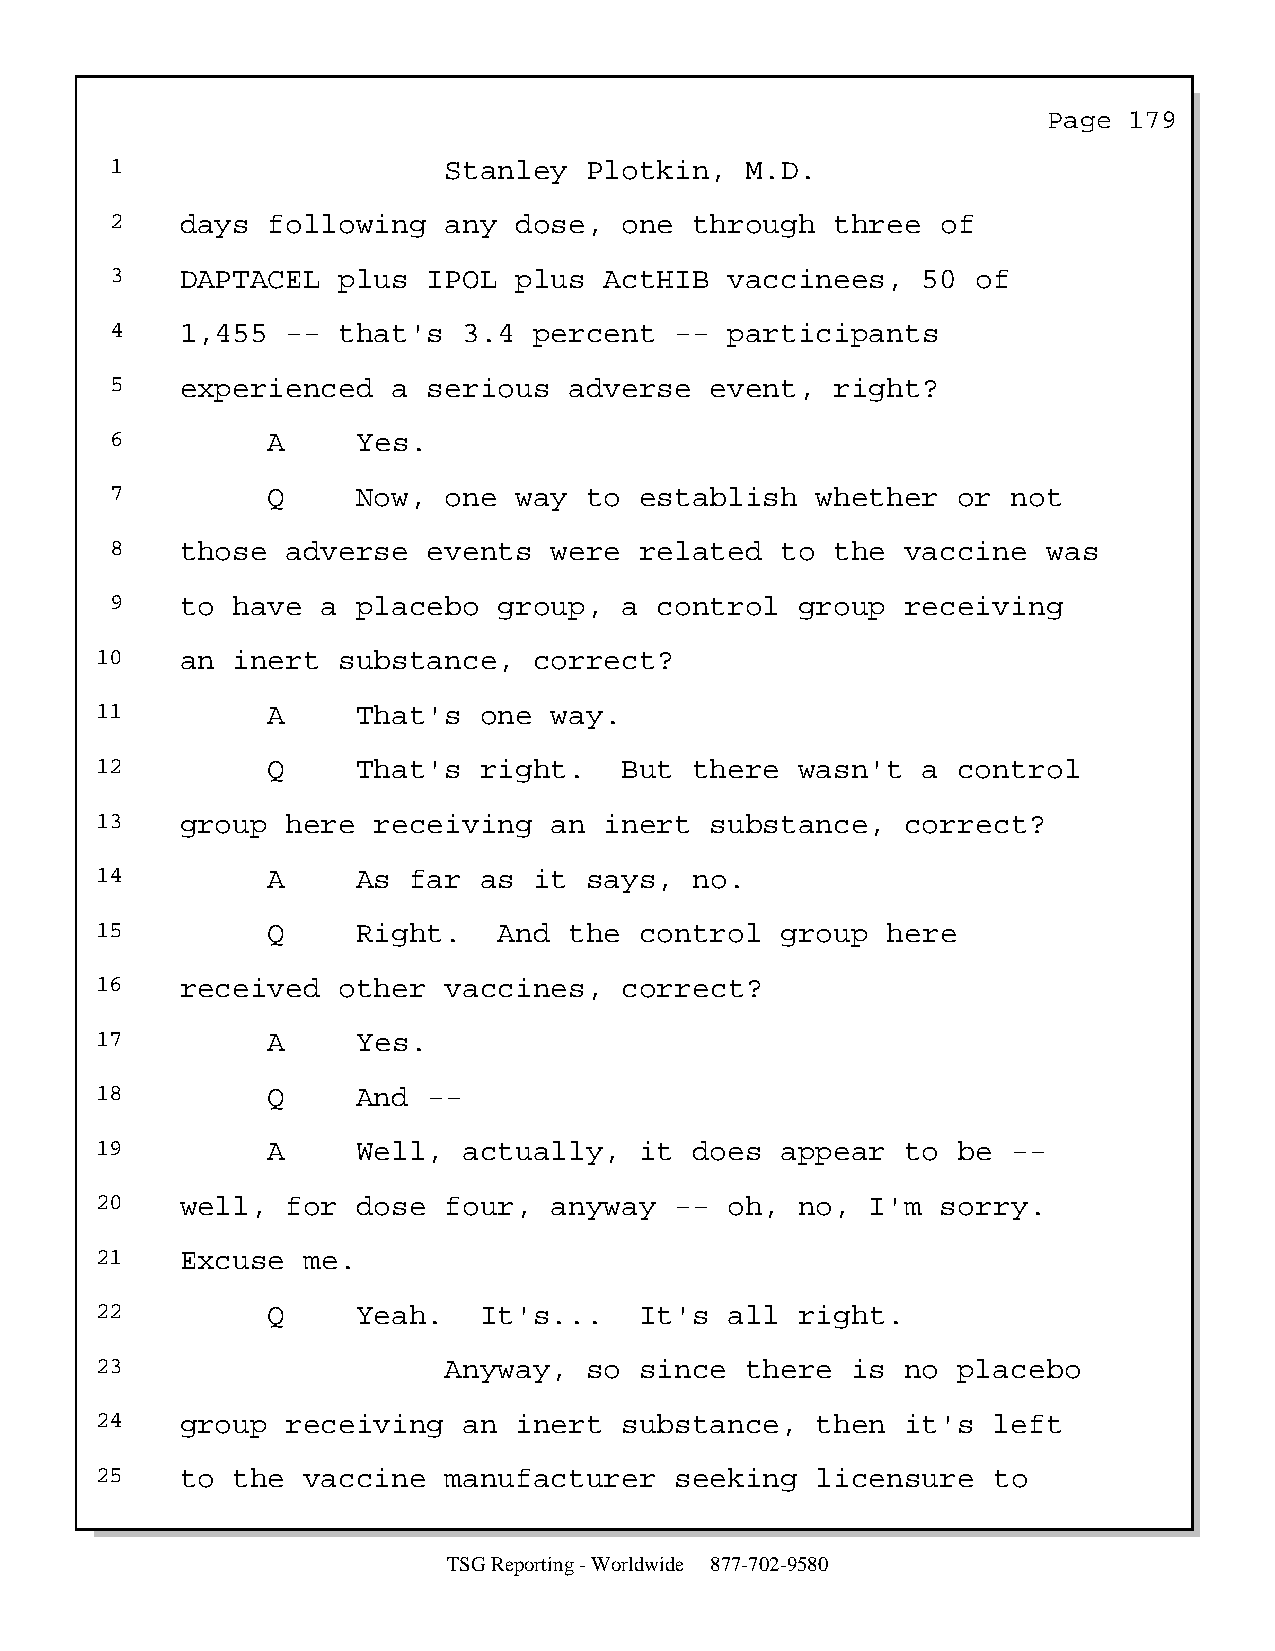
Page  179
 1                     Stanley   Plotkin,  M.D.
 2    days  following  any  dose,  one  through  three  of
 3    DAPTACEL  plus  IPOL  plus  ActHIB  vaccinees,   50  of
 4    1,455  -- that's   3.4 percent   -- participants
 5    experienced   a serious   adverse  event,  right?
 6          A     Yes.
 7          Q     Now, one  way  to establish   whether  or  not
 8    those  adverse  events  were  related   to the  vaccine  was
 9    to have  a  placebo  group,  a  control  group  receiving
 10    an inert  substance,   correct?
 11          A     That's  one way.
 12          Q     That's  right.   But  there  wasn't  a control
 13    group  here  receiving  an  inert  substance,   correct?
 14          A     As far  as it  says,  no.
 15          Q     Right.   And  the control   group  here
 16    received  other  vaccines,   correct?
 17          A     Yes.
 18          Q     And --
 19          A     Well,  actually,  it  does  appear  to be  --
 20    well,  for  dose four,  anyway   -- oh,  no,  I'm sorry.
 21    Excuse  me.
 22          Q     Yeah.   It's...   It's  all  right.
 23                     Anyway,   so since  there  is  no placebo
 24    group  receiving   an inert  substance,   then  it's  left
 25    to the  vaccine  manufacturer    seeking  licensure   to
 TSG Reporting - Worldwide 877-702-9580